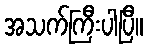
အသက်ကြီးပါပြီ။